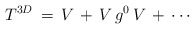
\begin{align*}T^{3D}\,=\,V\,+\,V\,g^0\,V\,+\,\cdots\end{align*}